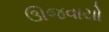
ઊજવાયો